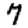
Digit: 7